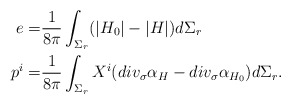
\begin{align*} e = &\frac{1}{8 \pi} \int_{\Sigma_r}(|H_0|-|H|) d\Sigma_r \\ p^i =& \frac{1}{8 \pi} \int_{\Sigma_r} X^i ( div_{\sigma} \alpha_{H} - div_{\sigma} \alpha_{H_0} )d \Sigma_r. \end{align*}